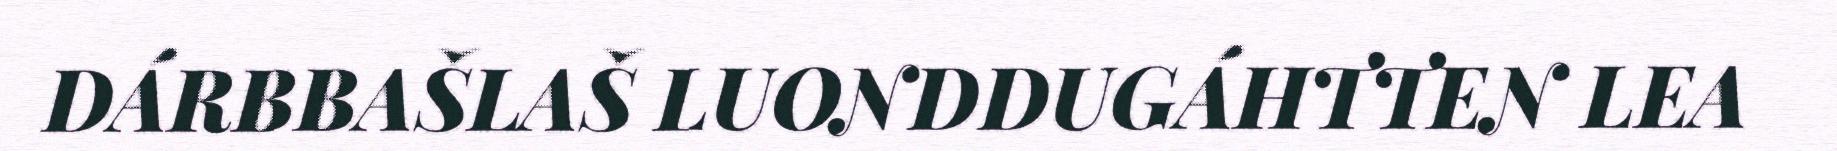
DÁRBBAŠLAŠ LUONDDUGÁHTTEN LEA